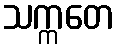
သက္ကတေ